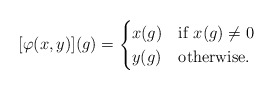
\begin{align*} [\varphi(x,y)](g) = \begin{cases} x(g)& \mbox{if }x(g) \neq 0\\ y(g)& \mbox{otherwise}. \end{cases}\end{align*}